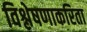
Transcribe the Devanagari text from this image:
विश्लेषणाकरिता